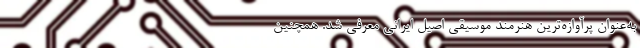
به‌عنوان پرآوازه‌ترین هنرمند موسیقی اصیل ایرانی معرفی شد. همچنین